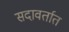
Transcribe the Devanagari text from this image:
सदावर्तात